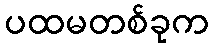
ပထမတစ်ခုက